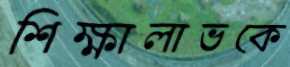
শিক্ষালাভকে